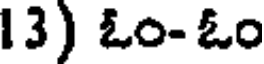
13) ఓం-ఓం